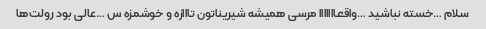
سلام …خسته نباشید …واقعااااااا مرسی همیشه شیریناتون تااازه و خوشمزه س …عالی بود رولت‌ها